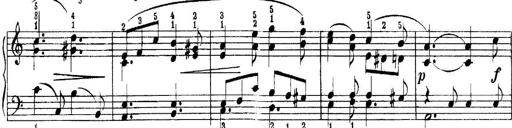
Title: Quatres sonatines
Composer: Tadeusz Joteyko